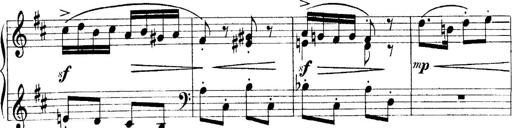
Title: 4 Sonatines
Composer: Max Reger